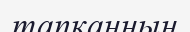
тапқанның